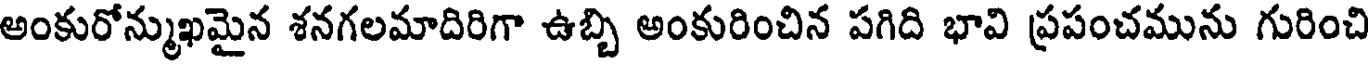
అంకురోన్ముఖమైన శనగలమాదిరిగా ఉబ్బి అంకురించిన పగిది భావి ప్రపంచమును గురించి